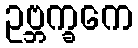
ဥဗ္ဘက္ခကေ